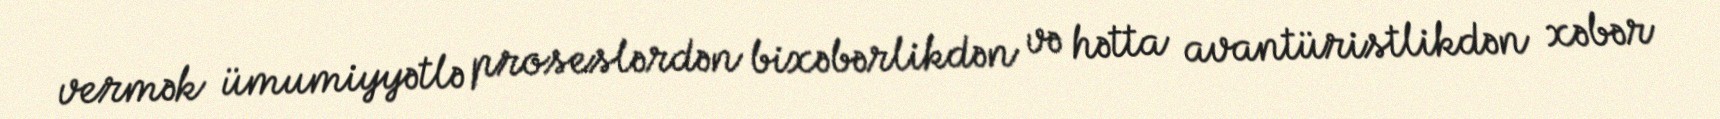
vermək ümumiyyətlə proseslərdən bixəbərlikdən və hətta avantüristlikdən xəbər